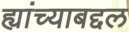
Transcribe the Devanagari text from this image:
ह्यांच्याबद्दल